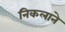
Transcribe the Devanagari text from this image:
निकलाने